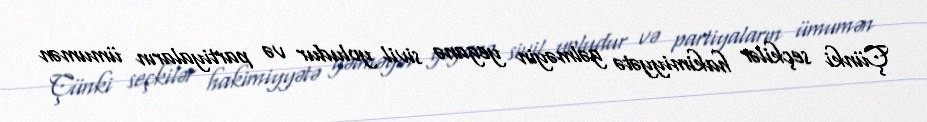
Çünki seçkilər hakimiyyətə gəlməyin yeganə sivil yoludur və partiyaların ümumən